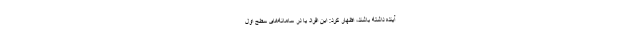
آینده داشته باشند، اظهار کرد: این افراد یا در سامانه‌های سطح اول